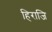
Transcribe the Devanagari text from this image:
हिराजि